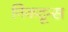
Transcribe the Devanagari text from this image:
निकटून्स